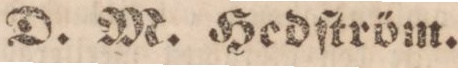
D. M. Hedſtröm.